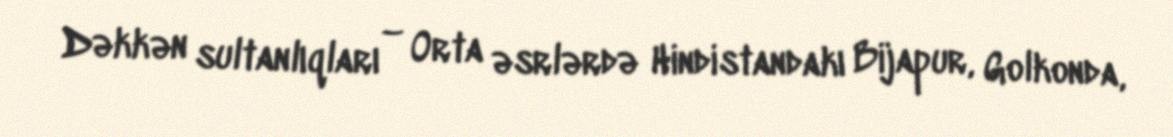
Dəkkən sultanlıqları – Orta əsrlərdə Hindistandakı Bijapur, Golkonda,